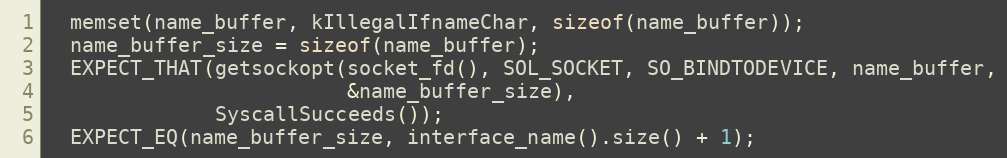
Language: C++
  memset(name_buffer, kIllegalIfnameChar, sizeof(name_buffer));
  name_buffer_size = sizeof(name_buffer);
  EXPECT_THAT(getsockopt(socket_fd(), SOL_SOCKET, SO_BINDTODEVICE, name_buffer,
                         &name_buffer_size),
              SyscallSucceeds());
  EXPECT_EQ(name_buffer_size, interface_name().size() + 1);